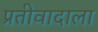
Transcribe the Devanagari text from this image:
प्रतीवादाला